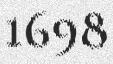
1698